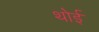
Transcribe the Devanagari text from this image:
थोई